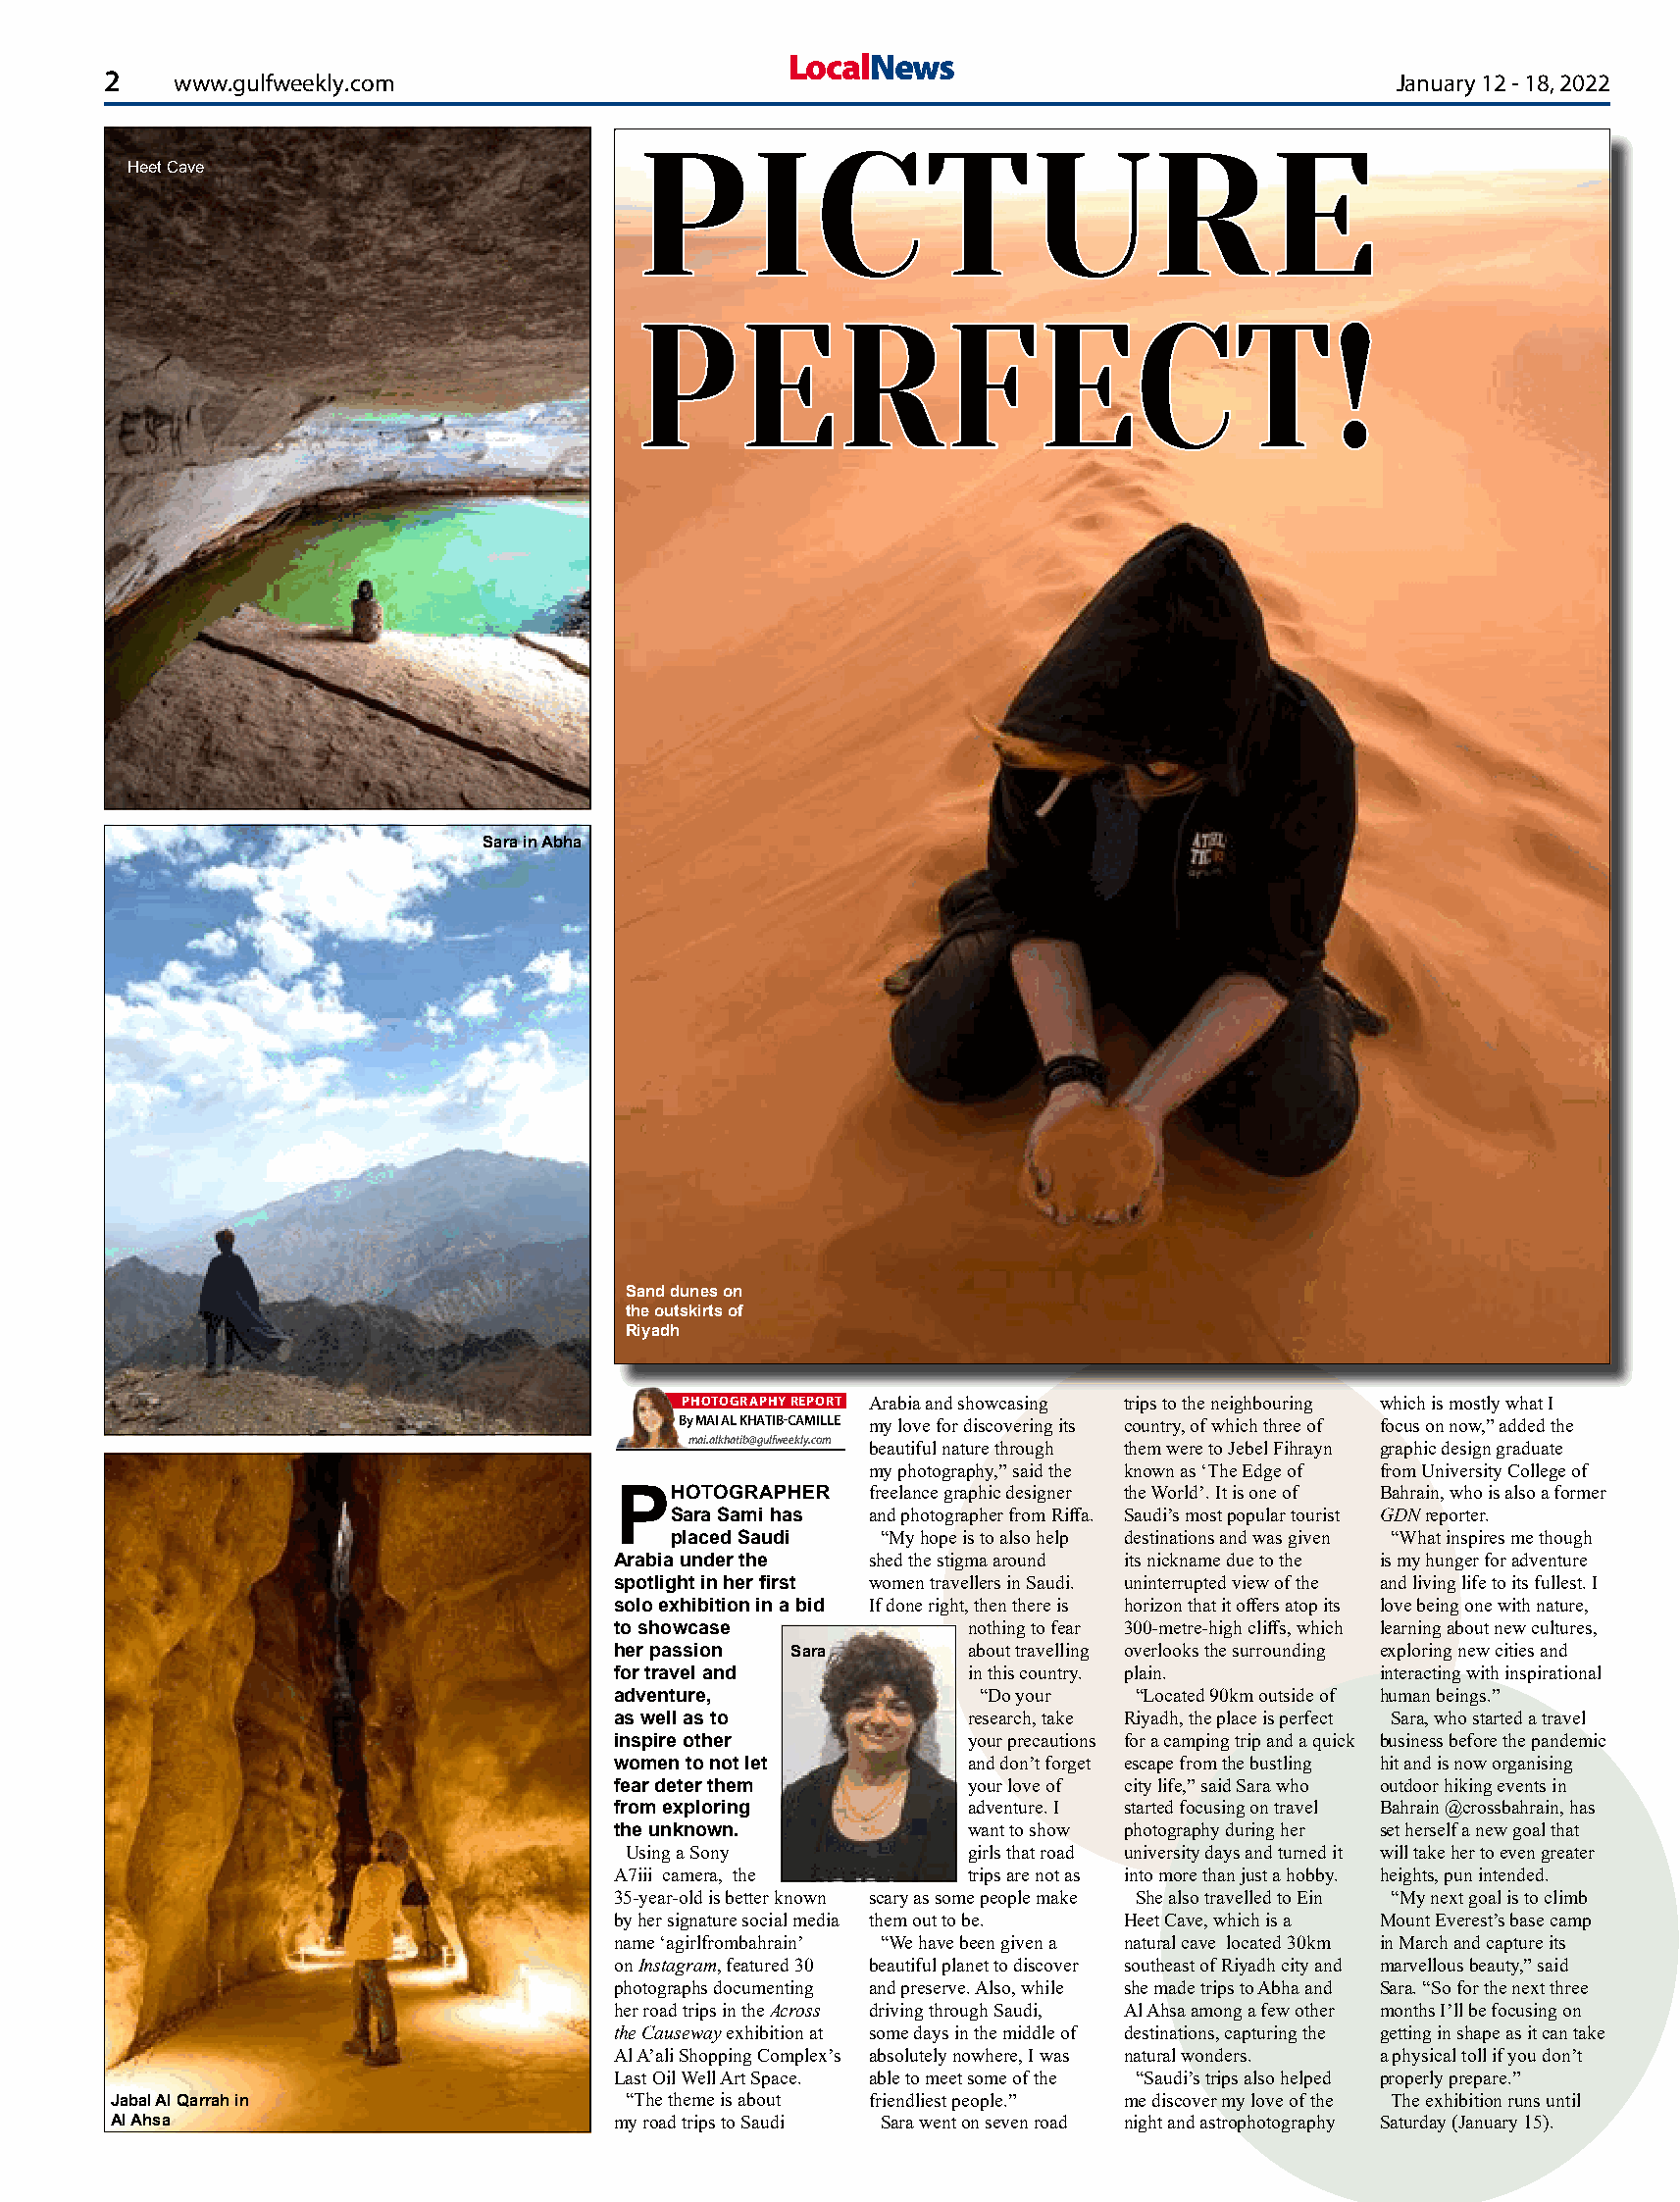
LocalNews
 2    wwwwww..gguullffwweeeekkllyy..ccoomm                                              January 12 - 18, 2022
 PPIICCTTUURREE
 Heet Cave
 PPEERRFFEECCTT!!
 Sara in Abha
 Sand dunes on
 the outskirts of
 Riyadh
 PHOTOGRAPHY REPORT Arabia and showcasing trips to the neighbouring which is mostly what I
 By MAI AL KHATIB-CAMILLE my love for discovering its country, of which three of focus on now,” added the
 mai.alkhatib@gulfweekly.com
 beautiful nature through them were to Jebel Fihrayn graphic design graduate
 my photography,” said the known as ‘The Edge of from University College of
 PHOTOGRAPHER     freelance graphic designer the World’. It is one of Bahrain, who is also a former
 Sara Sami has and photographer from Riffa. Saudi’s most popular tourist GDN reporter.
 placed Saudi  “My hope is to also help destinations and was given “What inspires me though
 Arabia under the  shed the stigma around its nickname due to the is my hunger for adventure
 spotlight in her first women travellers in Saudi. uninterrupted view of the and living life to its fullest. I
 solo exhibition in a bid If done right, then there is horizon that it offers atop its love being one with nature,
 to showcase             nothing to fear 300-metre-high cliffs, which learning about new cultures,
 her passion Sara        about travelling overlooks the surrounding exploring new cities and
 for travel and          in this country. plain.     interacting with inspirational
 adventure,               “Do your   “Located 90km outside of human beings.”
 as well as to           research, take Riyadh, the place is perfect Sara, who started a travel
 inspire other           your precautions for a camping trip and a quick business before the pandemic
 women to not let        and don’t forget escape from the bustling hit and is now organising
 fear deter them         your love of city life,” said Sara who outdoor hiking events in
 from exploring          adventure. I started focusing on travel Bahrain @crossbahrain, has
 the unknown.            want to show photography during her set herself a new goal that
 Using a Sony           girls that road university days and turned it will take her to even greater
 A7iii camera, the       trips are not as into more than just a hobby. heights, pun intended.
 35-year-old is better known scary as some people make She also travelled to Ein “My next goal is to climb
 by her signature social media them out to be. Heet Cave, which is a Mount Everest’s base camp
 name ‘agirlfrombahrain’ “We have been given a natural cave located 30km in March and capture its
 on Instagram, featured 30 beautiful planet to discover southeast of Riyadh city and marvellous beauty,” said
 photographs documenting and preserve. Also, while she made trips to Abha and Sara. “So for the next three
 her road trips in the Across driving through Saudi, Al Ahsa among a few other months I’ll be focusing on
 the Causeway exhibition at some days in the middle of destinations, capturing the getting in shape as it can take
 Al A’ali Shopping Complex’s absolutely nowhere, I was natural wonders. a physical toll if you don’t
 Last Oil Well Art Space. able to meet some of the “Saudi’s trips also helped properly prepare.”
 Jabal Al Qarrah in                 “The theme is about friendliest people.” me discover my love of the The exhibition runs until
 Al Ahsa                           my road trips to Saudi Sara went on seven road night and astrophotography Saturday (January 15).